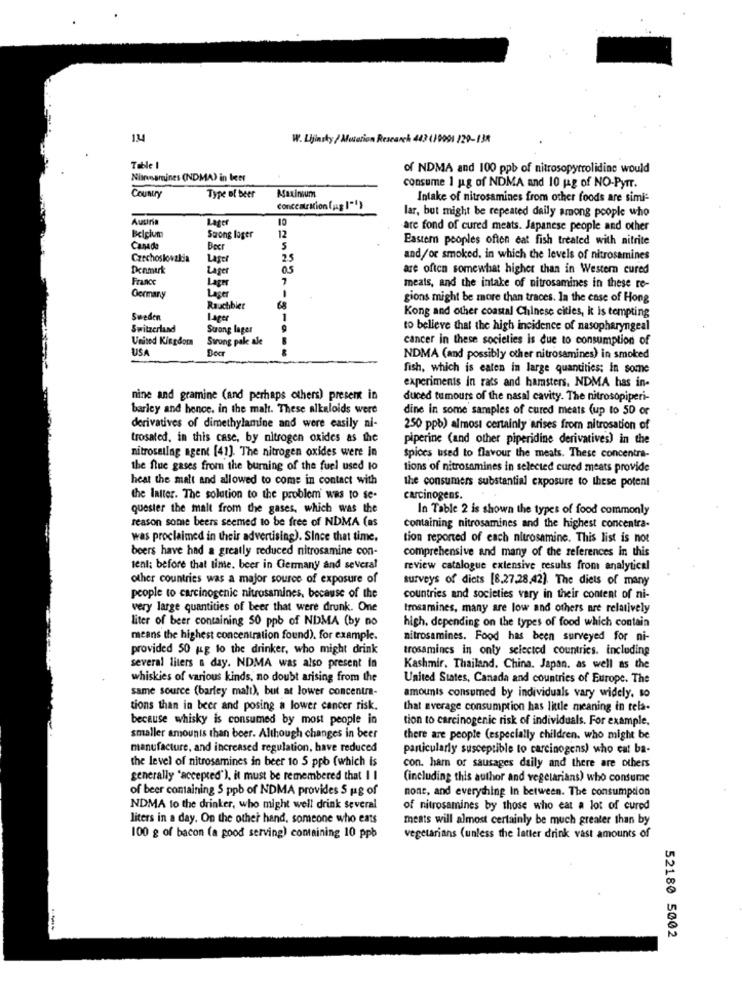
1.44
W. Lijinsky / Mouorion Research 443 (19991 229-138
Table 1
of NDMA and 100 ppb of nitrosopyrrolidine would
Nlinesmines (NDMA) in beer
consume 1 gg of NDMA and 10 gg of NO-Pyrr.
Country
Type of beer
Afaxinium
Intake of nitrosamines from other foods are simi-
concentration (jag 1""}
lar, but might be repeated daily among people who
Auur
Lage
10
are fond of cured meats. Japanese people and other
Belgium
Strong loger
12
Eastern peoples ofton cat fish treated with nitrite
Canada
Beer
5
Czechoslovakia
Lager
25
and/or smoked, in which the levels of nitrosamines
Denmark
Lager
are often somewhat higher than in Western cured
France
Lager
meals, and the intake of nitrosamines in these re-
Oermary
Lager
gions might be more than traces. In the case of Hong
Rauchbier
Sweden
Lager
1
Kong and other coastal Chinese cities, it is tempting
Switzerland
Strong lager
9
to believe that the high incidence of nasopharyngeal
United Kingdom
Swrong pak ale
cancer in these societies is due to consumption of
USA
Docr
NDMA (and possibly other nitrosamines) in smoked
fish, which is eaten in large quantities: in some
experiments in rats and hamsters. NDMA has in-
nine and gramine (and perhaps others) present in
duced tumours of the nasal cavity. The nitrosopiperi-
barley and hence. in the malt. These alkaloids were
dine in some samples of cured meats (up to 50 or
derivatives of dimethylamine and were easily ni-
250 ppb) almost certainly arises from nitrosation of
trosated, in this case, by nitrogen oxides as the
piperine (and other piperidine derivatives) in the
nitrosellag agent [41]. The nitrogen oxides were in
Spices used to flavour the meats. These concentra-
the flue gases from the burning of the fuel used to
tions of nitrosamines in selected cured meats provide
heat the matt and allowed to come in contact with
the consumers substantial exposure to these potent
the latter. The solution to the problem was to se-
carcinogens.
quester the malt from the gases, which was the
In Table 2 is shown the types of food commonly
reason some beers seemed to be free of NDMA (as
containing nitrosamines and the highest concentra-
was proclaimed in their advertising). Since that time.
tion reported of each nitrosamine. This list is not
beers have had a greatly reduced nitrosamine con-
comprehensive and many of the references in this
sent: before that time. beer in Germany and several
review catalogue extensive results from analytical
other countries was a major source of exposure of
surveys of diets [8.27.28,42). The diets of many
people to carcinogenic nitrosamines, because of the
countries and societies vary in their content of ni-
very large quantities of beer that were drunk. One
trosamines, many are low and others are relatively
liter of beer containing 50 ppb of NDMA (by no
high. depending on the types of food which contain
means the highest concentration found). for example.
nitrosamines. Food has been surveyed for ni-
provided 50 jag to the drinker, who might drink
trosamines in only selected countries. including
several liters & day. NDMA was also present in
Kashmir, Thailand. China, Japan, as well as the
whiskies of various kinds, no doubt arising from the
United States, Canada and countries of Europe. The
same source (barley malt), but at lower concentra-
amounts consumed by individuals vary widely, so
tions than in beer and posing a lower cancer risk.
that average consumption has little meaning in tela-
because whisky is consumed by most people in
tion to carcinogenic risk of individuals. For example.
smaller amounts than beer. Although changes in beer
there are people (especially children. who might be
manufacture, and increased regulation, have reduced
particularly susceptible to carcinogens) who eat ba-
the level of nitrosamines in beer to 5 ppb (which is
con. ham or sausages daily and there are others
generally "accepted"), it must be remembered that I I
(including this author and vegetarians) who consume
of beer containing $ ppb of NDMA provides S pag of
none, and everything In between. The consumption
NDMA to the drinker, who might well drink several
of nitrosamines by those who eat a lot of cured
liters in a day. On the other hand, someone who eats
meats will almost certainly be much greater than by
100 g of bacon (a good serving) containing 10 ppb
vegetarians (unless the latter drink vast amounts of
52180 5002